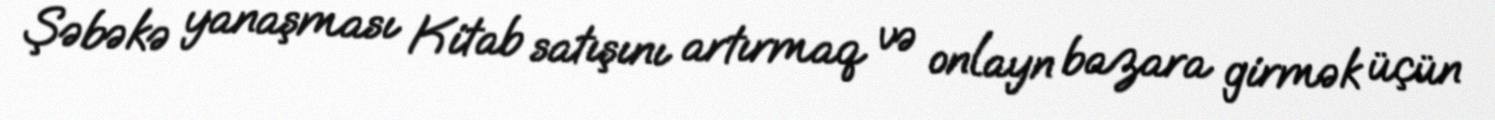
Şəbəkə yanaşması Kitab satışını artırmaq və onlayn bazara girmək üçün